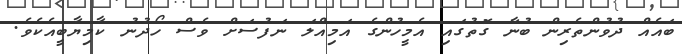
ބައެއް ދުވުންތެރިން ބުނާ ގޮތުގައި އެމީހުންގެ އަމިއްލަ ނަފުސަށް ވެސް ހޯދުނު ކާމިޔާބީއެކެވެ.